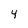
Character: 4